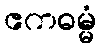
ဧကဓမ္မံ